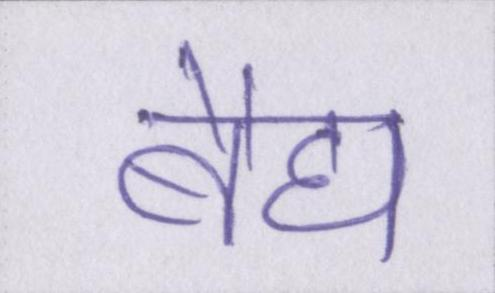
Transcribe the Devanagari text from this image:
बैद्य